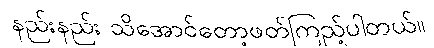
နည်းနည်း သိအောင်တော့ဖတ်ကြည့်ပါတယ်။